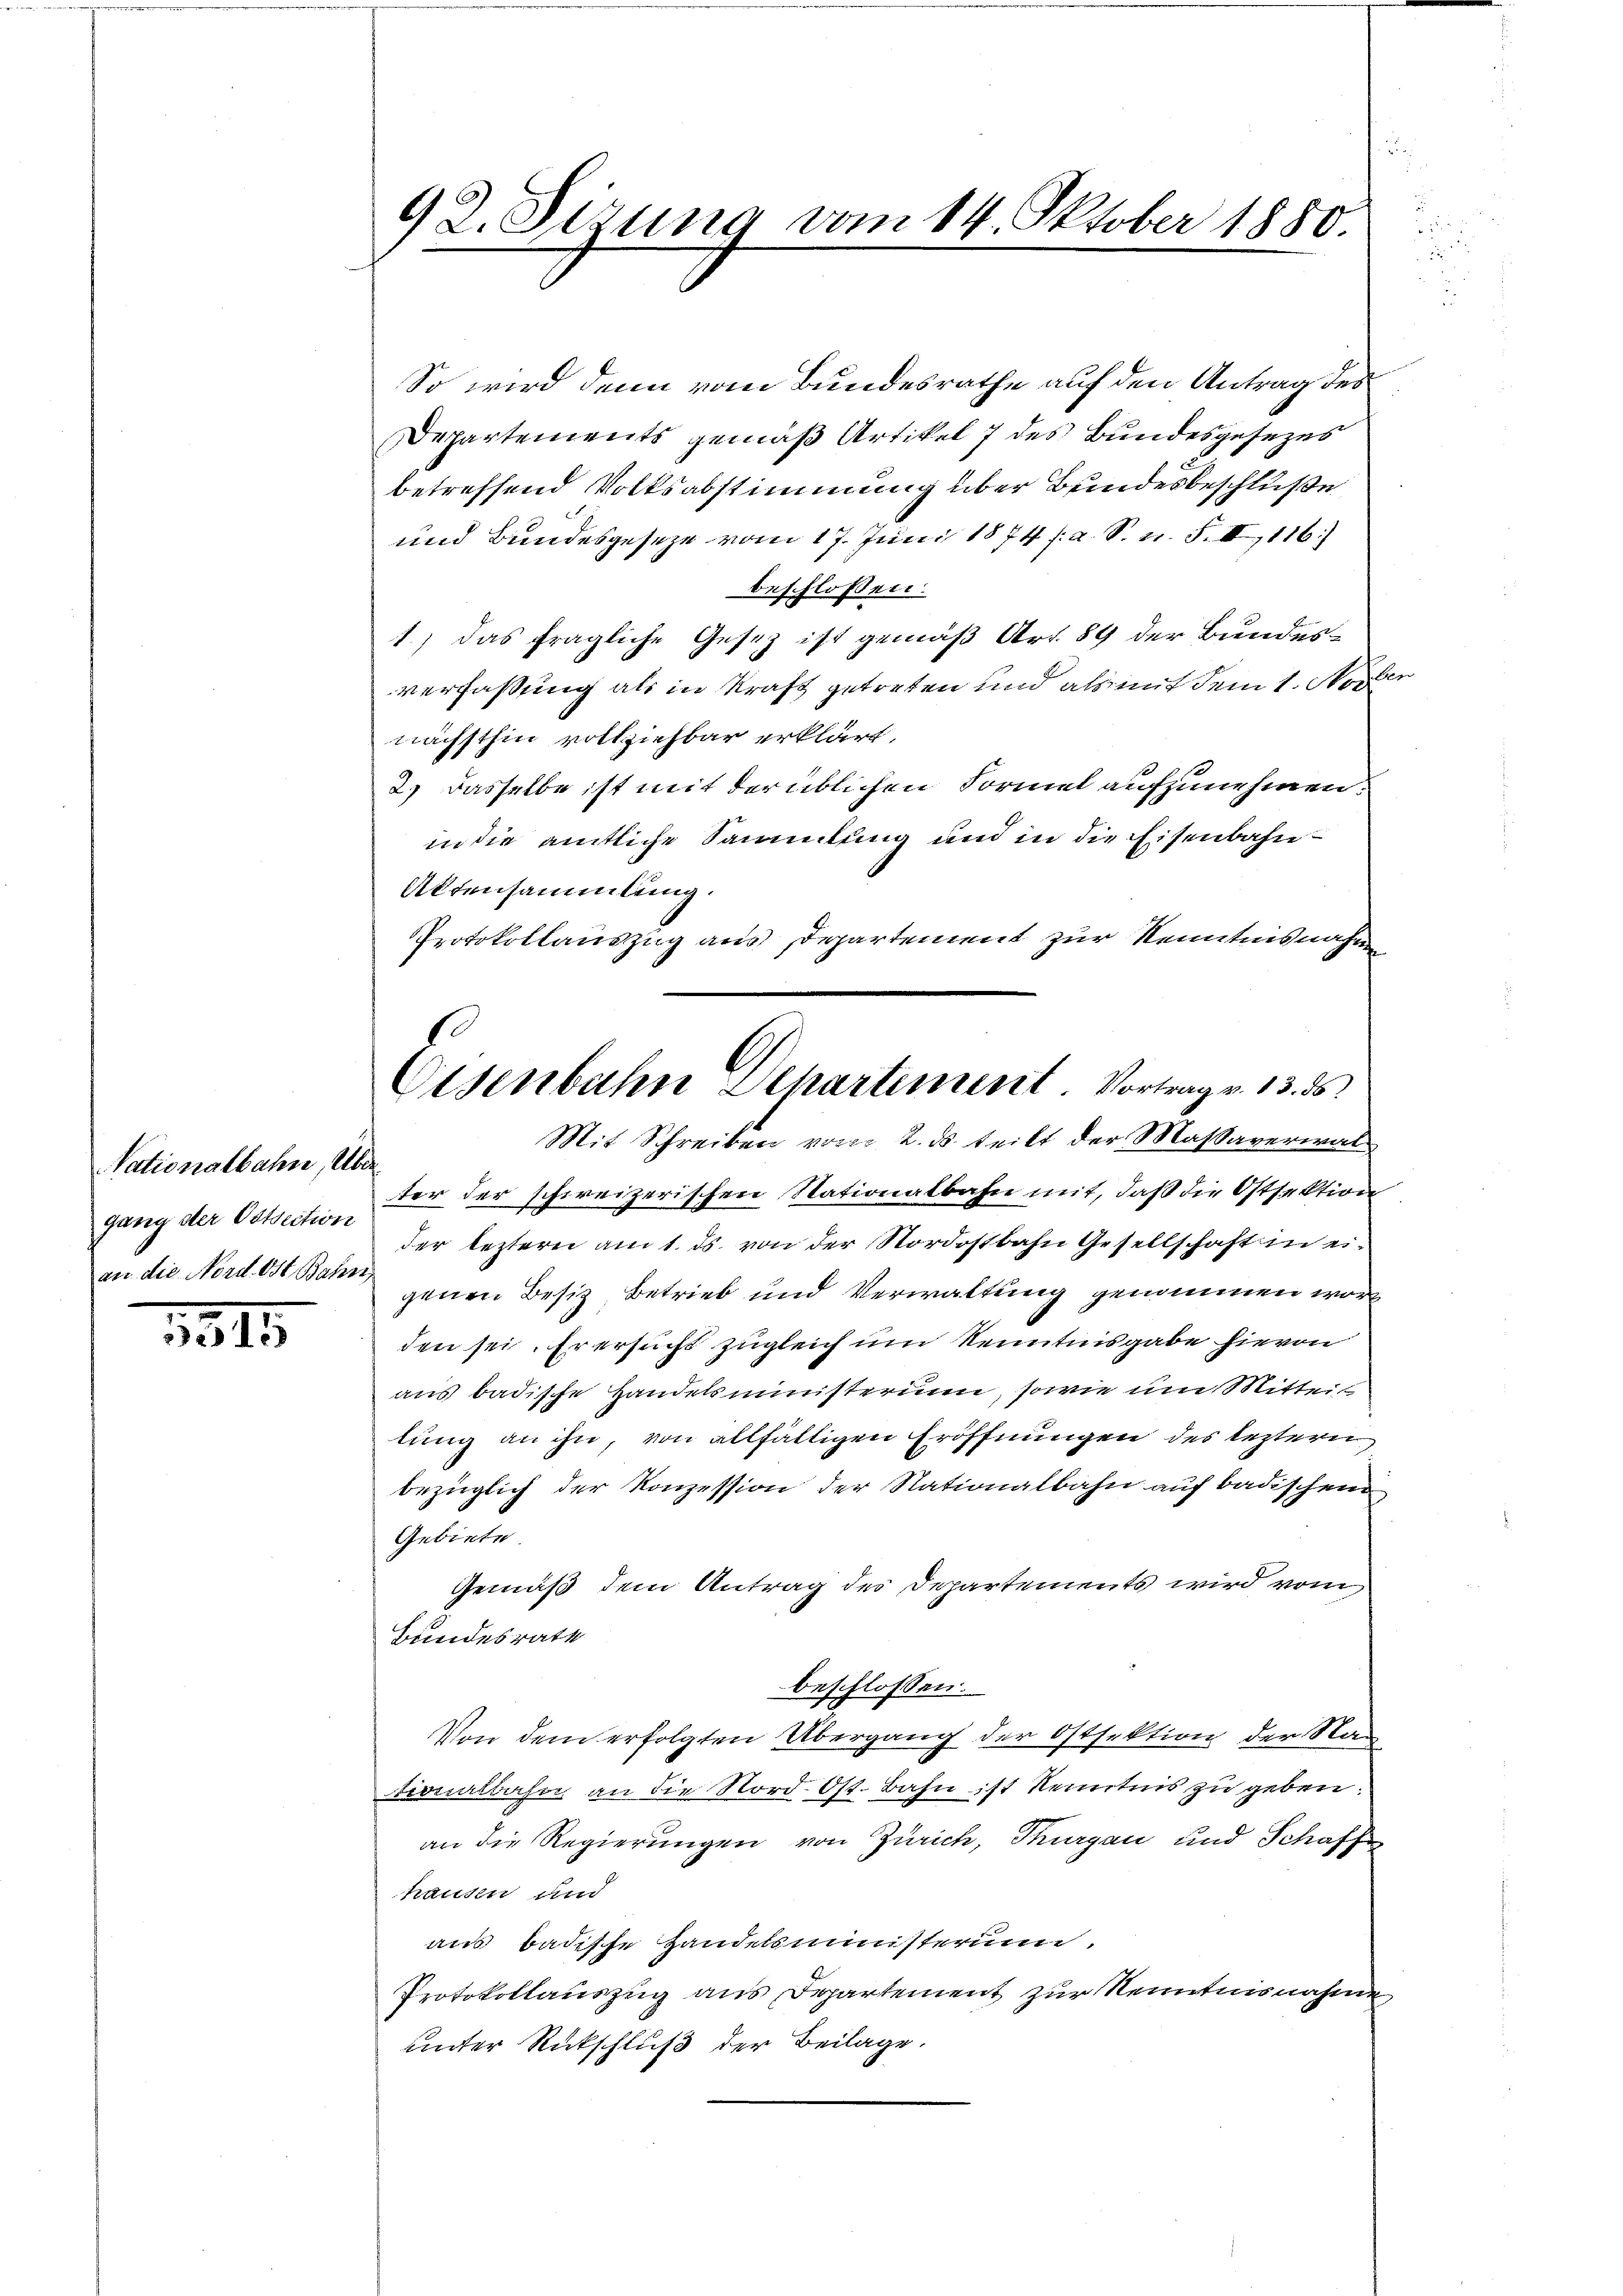
Vationalbahn, Über
gang der Ostsection

1315

92. Sizung vom 14. Oktober 1880.
e

Eisenbahn Departement. Vortrag v. 13. ds.

So wird denn vom Bundesrathe auf den Antrag des
Departements gemäß Artikel 7 des Bundesgesezes
betreffend Volksabstimmung über Bundesbeschluße
und Bundesgeseze vom 17. Juni 1874 s. a. S. n. F. II 116)
beschlossen:
1.) Das fragliche Gesetz ist gemäß Art. 89 der Bundesverfassung als in Kraft getreten und als mit dem 1. Nov
nächsthin vollziehbar erklärt,
2.) Dasselbe ist mit der üblichen Formel aufzunehmen.
in die amtliche Sammlung und in die Eisenbahn¬
Aktensammlung.
Protokollauszug aus Departement zur Kenntnisnahme
Mit Schreiben vom 2. ds. teilt der Massaverwalter der schweizerischen Nationalbahn mit, daß die Ostsektion
der leztern am 1. ds. von der Nordostbahn Gesellschaft in eian die Nordest es genen Besiz, Betrieb und Verwaltung genommen worden sei. Er ersucht zugleich um Kenntnisgabe hievon
aus badische Handelsministerium, sowie um Mitteil
lung an ihn, von allfälligen Eröffnungen des leztern
bezüglich der Konzession der Stationalbahn auf badischen
Gebiete
Gemäß dem Antrag des Departements wird vom
Bundesrath
beschlossen:
Von dem erfolgten Übergang der Ostsektion der Na
tionalbahn an die Nord. Ost-Bahn ist Kenntnis zu geben.
an die Regierungen von Zürich, Thurgau und Schaff
hausen und
aus badische Handelsministerium.
Protokollauszug aus Departement zur Kenntnisnahme
unter Rückschluß der Beilage.

d